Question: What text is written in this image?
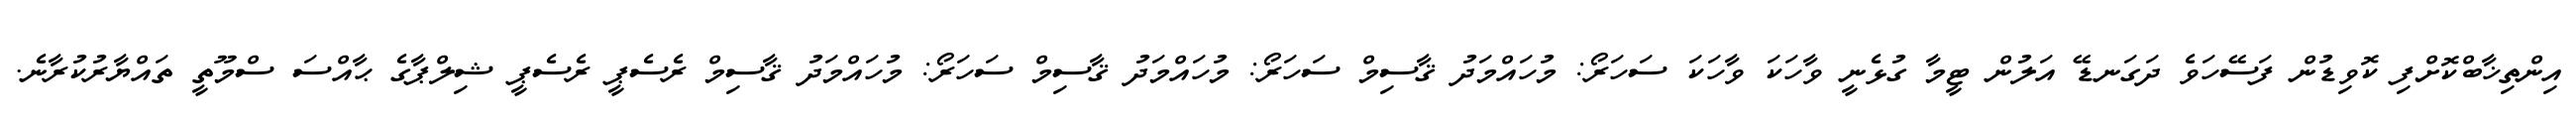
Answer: އިންތިޚާބްކޮށްފި ކޮވިޑުން ފަސޭހަވެ ދަގަނޑޭ އަލުން ޓީމާ ގުޅެނީ ވާހަކަ ވާހަކަ ސަހަރޯ: މުހައްމަދު ޤާސިމް ސަހަރޯ: މުހައްމަދު ޤާސިމް ސަހަރޯ: މުހައްމަދު ޤާސިމް ރެސެޕީ ރެސެޕީ ޝިލްޕާގެ ޙާއްސަ ސްމޫތީ ތައްޔާރުކުރާނެ.